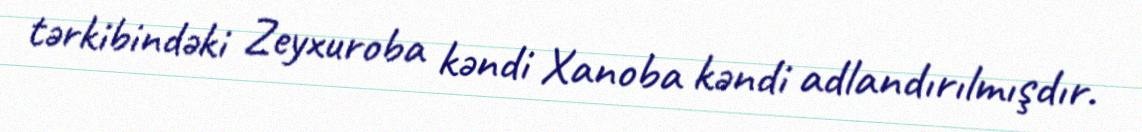
tərkibindəki Zeyxuroba kəndi Xanoba kəndi adlandırılmışdır.